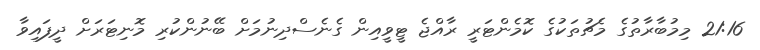
21:16 މިމުބާރާތުގެ މެޗުތަކުގެ ކޮމެންޓަރީ ރާއްޖެ ޓީވީއިން ގެނެސްދިނުމަށް ބޭނުންކުރި މޮނިޓަރަށް ދީފައިވާ